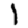
Digit: 1